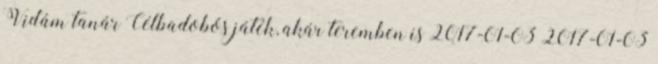
Vidám tanár Célbadobós játék, akár teremben is 2017-01-03 2017-01-03